NAE_ERA_R-2324_Eesti_Vabariigi_Pohiseaduslik_Assamblee, lk 135
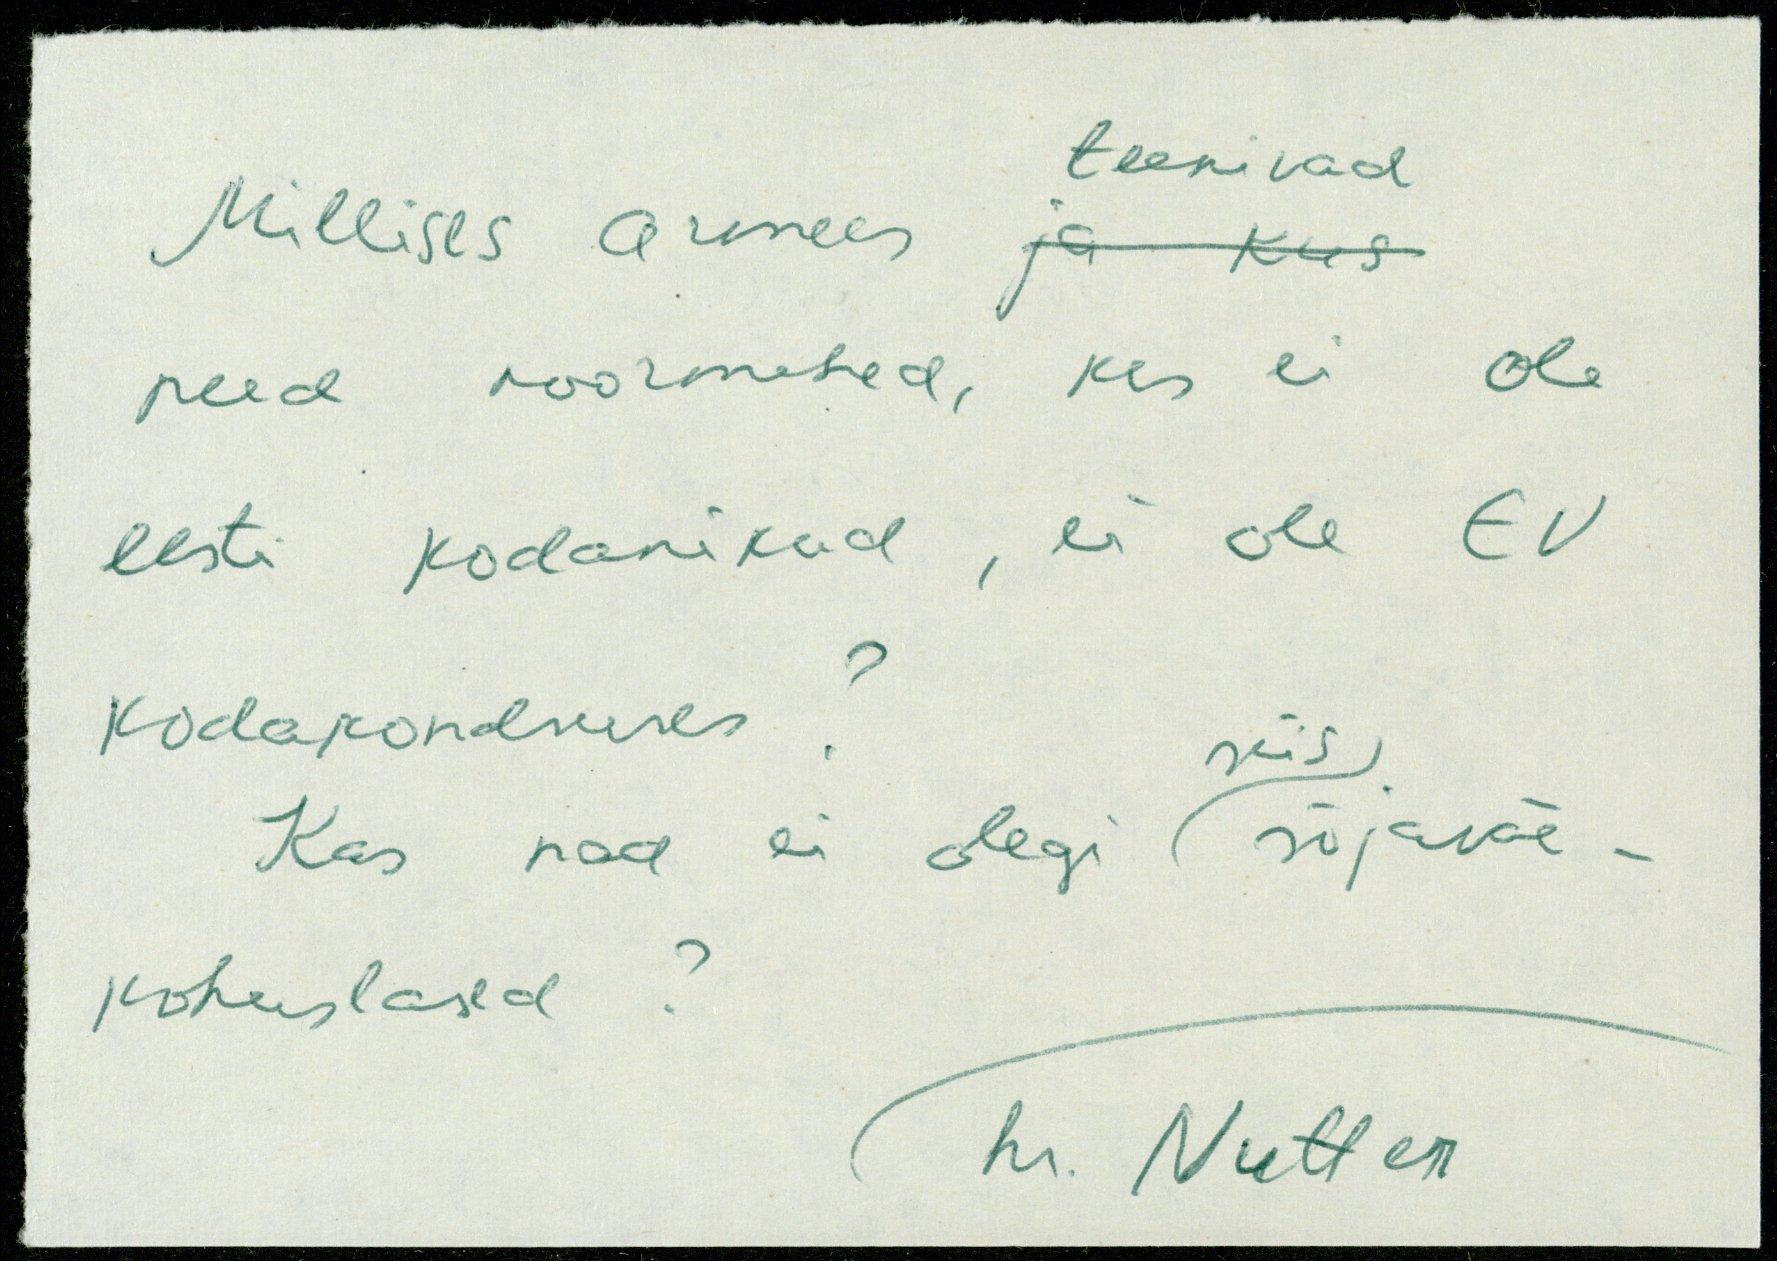
teenivad
Millises armees ja kus
need noormeed, kes ei ole
eesti kodanikud, ei ole EV
kodakonduses? siis
Kas nad ei olegi sõjaväe-
kohuslased?
hr. Nutter